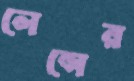
লেন্সের